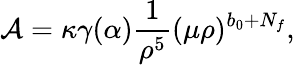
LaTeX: {\cal A}=\kappa\gamma(\alpha)\frac{1}{\rho^{5}}(\mu\rho)^{b_{0}+N_{f}},